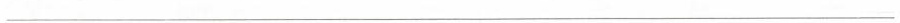
___